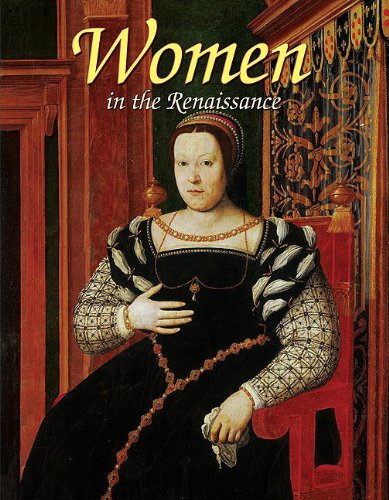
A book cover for Women in the Renaissance (Renaissance World); Theresa Huntley; Children's Books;